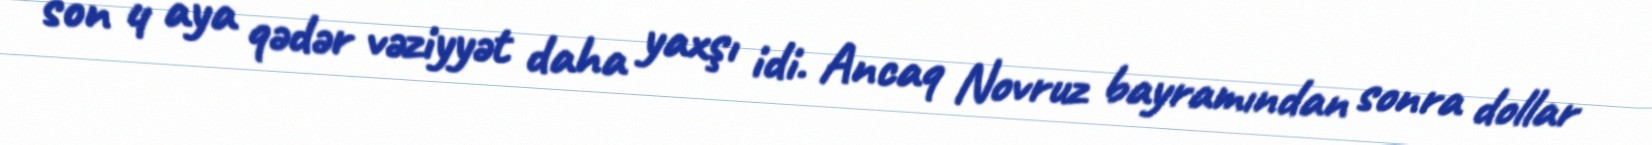
son 4 aya qədər vəziyyət daha yaxşı idi. Ancaq Novruz bayramından sonra dollar